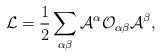
\begin{align*}{\cal L} = \frac{1}{2}\sum_{\alpha \beta} {\cal A}^{\alpha} {\cal O}_{\alpha\beta} {\cal A}^{\beta},\end{align*}